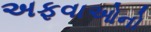
અફવાઓનો